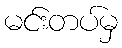
မင်းတပ်မှ